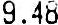
9.48